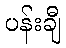
ပန်းချီ